Annual report on the mental hospital in the Central Provinces and Berar (Nagpur) - 1927-1951
Year: 1927
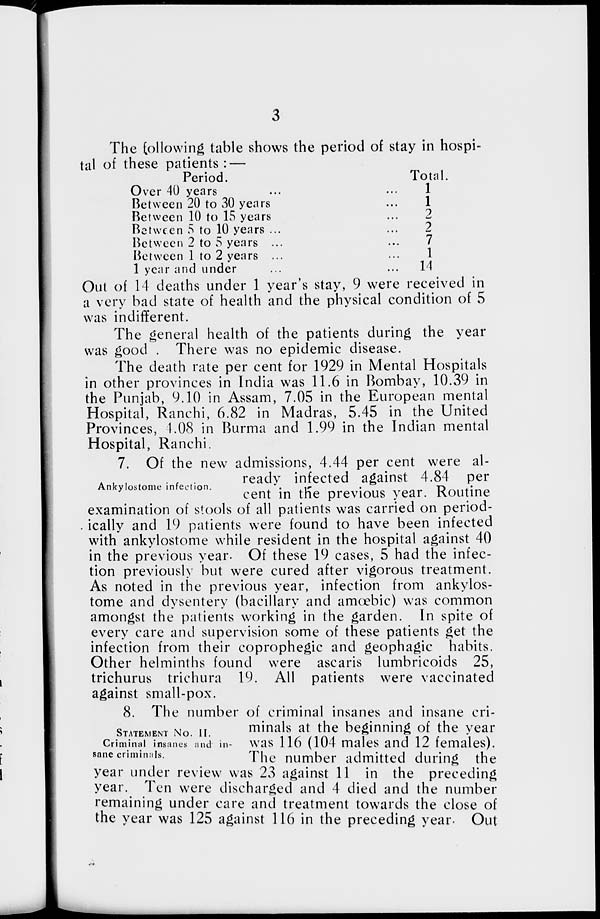
3
The following table shows the period of stay in hospi-
tal of these patients : —
Period.
Over 40 years ... ...
Between 20 to 30 years ...
Between 10 to 15 years ...
Between 5 to 10 years ... ...
Between 2 to 5 years ... ...
Between 1 to 2 years ... ...
1 year and under ... ...
Total.
1
1
2
2
7
1
14
Out of 14 deaths under 1 year's stay, 9 were received in
a very bad state of health and the physical condition of 5
was indifferent.
The general health of the patients during the year
was good
There was no epidemic disease.
The death rate per cent for 1929 in Mental Hospitals
in other provinces in India was 11.6 in Bombay, 10.39 in
the Punjab, 9.10 in Assam, 7.05 in the European mental
Hospital, Ranchi, 6.82 in Madras, 5.45 in the United
Provinces, 4.08 in Burma and 1.99 in the Indian mental
Hospital, Ranchi.
Ankylostome infection.
7. Of the new admissions, 4.44 per cent were al-
ready infected against 4.84 per
cent in the previous year. Routine
examination of stools of all patients was carried on period-
ically and 19 patients were found to have been infected
with ankylostome while resident in the hospital against 40
in the previous year. Of these 19 cases, 5 had the infec-
tion previously but were cured after vigorous treatment.
As noted in the previous year, infection from ankylos-
tome and dysentery (bacillary and amœbic) was common
amongst the patients working in the garden. In spite of
every care and supervision some of these patients get the
infection from their coprophegic and geophagic habits.
Other helminths found were ascaris lumbricoids 25,
trichurus trichura 19. All patients were vaccinated
against small-pox.
STATEMENT No. II.
Criminal insanes and in-
sane criminals.
8. The number of criminal insanes and insane cri-
minals at the beginning of the year
was 116 (104 males and 12 females).
The number admitted during the
year under review was 23 against 11 in the preceding
year. Ten were discharged and 4 died and the number
remaining under care and treatment towards the close of
the year was 125 against 116 in the preceding year. Out